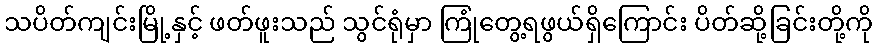
သပိတ်ကျင်းမြို့နှင့် ဖတ်ဖူးသည် သွင်ရုံမှာ ကြုံတွေ့ရဖွယ်ရှိကြောင်း ပိတ်ဆို့ခြင်းတို့ကို